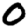
Digit: 0